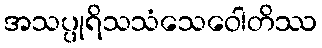
အသပ္ပုရိသသံသေဝေါတိဿ